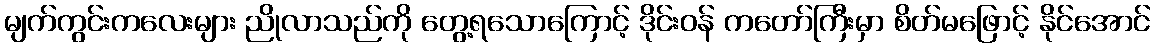
မျက်ကွင်းကလေးများ ညိုလာသည်ကို တွေ့ရသောကြောင့် ဒိုင်းဝန် ကတော်ကြီးမှာ စိတ်မဖြောင့် နိုင်အောင်